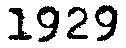
1929